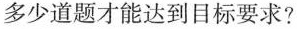
多少道题才能达到目标要求?